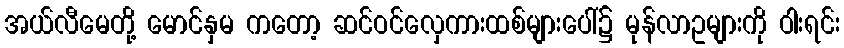
အယ်လီမေတို့ မောင်နှမ ကတော့ ဆင်ဝင်လှေကားထစ်များပေါ်၌ မုန်လာဥများကို ဝါးရင်း